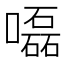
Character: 𡂳